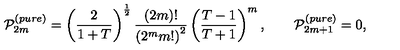
{ \cal P } _ { 2 m } ^ { ( p u r e ) } = \left( \frac 2 { 1 + T } \right) ^ { \frac 1 2 } \frac { ( 2 m ) ! } { \left( 2 ^ { m } m ! \right) ^ { 2 } } \left( \frac { T - 1 } { T + 1 } \right) ^ { m } , \qquad { \cal P } _ { 2 m + 1 } ^ { ( p u r e ) } = 0 ,